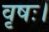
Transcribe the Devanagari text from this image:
वृषः।